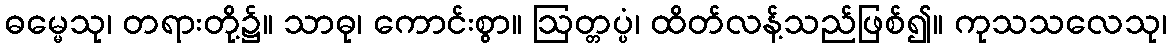
ဓမ္မေသု၊ တရားတို့၌။ သာဓု၊ ကောင်းစွာ။ ဩတ္တပ္ပံ၊ ထိတ်လန့်သည်ဖြစ်၍။ ကုသသလေသု၊